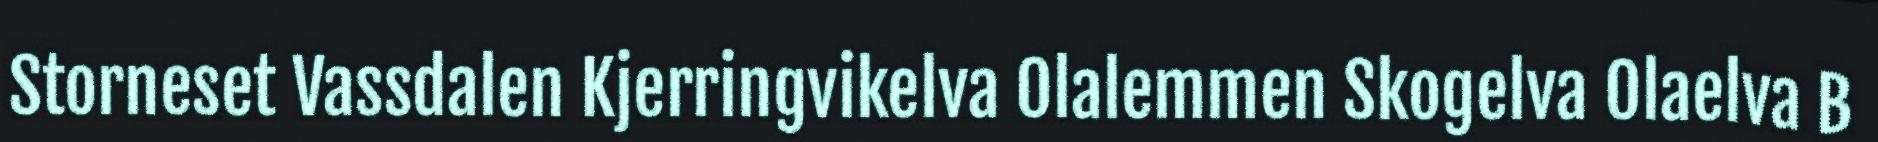
Storneset Vassdalen Kjerringvikelva Olalemmen Skogelva Olaelva B